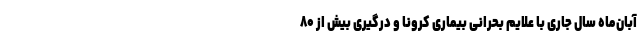
آبان‌ماه سال جاری با علایم بحرانی بیماری کرونا و درگیری بیش از ۸۰